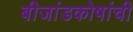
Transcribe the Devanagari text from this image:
बीजांडकोषांची